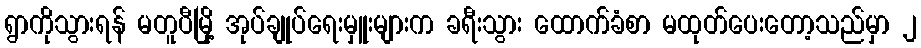
ရွာကိုသွားရန် မတူပီမြို့ အုပ်ချုပ်ရေးမှူးများက ခရီးသွား ထောက်ခံစာ မထုတ်ပေးတော့သည်မှာ ၂